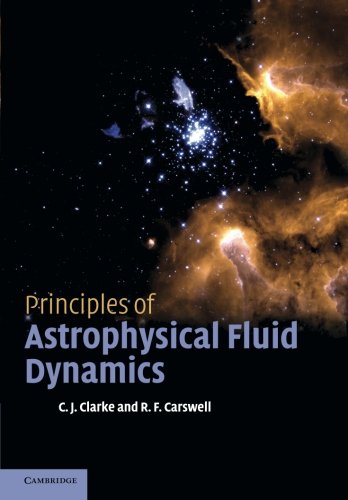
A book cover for Principles of Astrophysical Fluid Dynamics; Cathie Clarke; Science & Math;